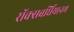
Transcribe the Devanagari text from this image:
रॉक्सबर्घियानम